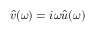
\hat { v } ( \omega ) = i \omega \hat { u } ( \omega )